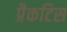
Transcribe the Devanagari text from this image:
प्रैकटिस